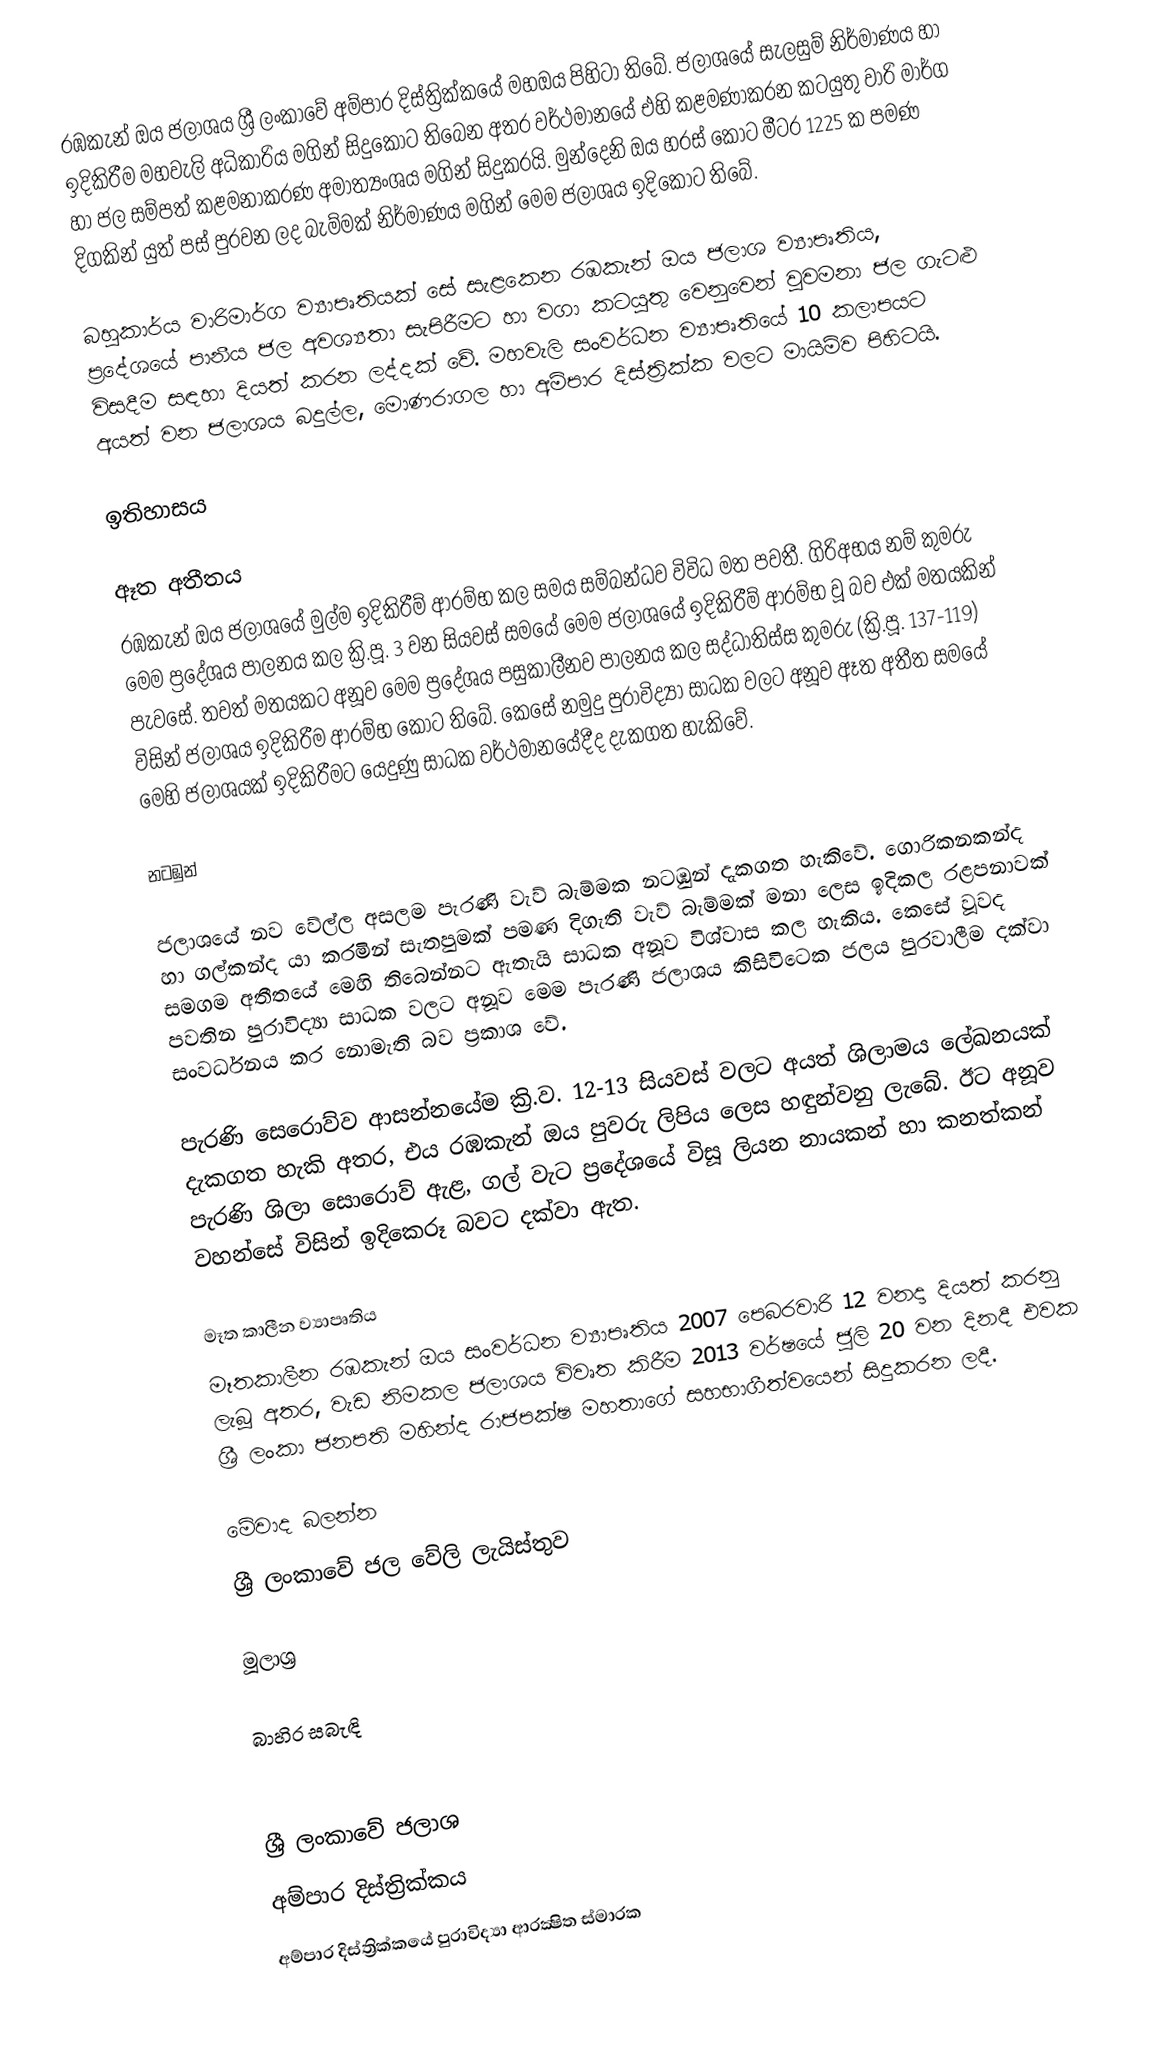
රඹකැන් ඔය ජලාශය ශ්‍රී ලංකාවේ අම්පාර දිස්ත්‍රික්කයේ මහඔය පිහිටා තිබේ. ජලාශයේ සැලසුම් නිර්මාණය හා ඉදිකිරීම මහවැලි අධිකාරිය මගින් සිදුකොට තිබෙන අතර වර්ථමානයේ එහි කළමණාකරන කටයුතු වාරි මාර්ග හා ජල සම්පත් කළමනාකරණ අමාත්‍යංශය මගින් සිදුකරයි. මුන්දෙනි ඔය හරස් කොට මීටර 1225 ක පමණ දිගකින් යුත් පස් පුරවන ලද බැම්මක් නිර්මාණය මගින් මෙම ජලාශය ඉදිකොට තිබේ.

බහුකාර්ය වාරිමාර්ග ව්‍යාපෘතියක් සේ සැළකෙන රඹකැන් ඔය ජලාශ ව්‍යාපෘතිය, ප්‍රදේශයේ පානීය ජල අවශ්‍යතා සැපිරීමට හා වගා කටයුතු වෙනුවෙන් වුවමනා ජල ගැටළු විසදීම සඳහා දියත් කරන ලද්දක් වේ. මහවැලි සංවර්ධන ව්‍යාපෘතියේ 10 කලාපයට අයත් වන ජලාශය බදුල්ල, මොණරාගල හා අම්පාර දිස්ත්‍රික්ක වලට මායිම්ව පිහිටයි.

ඉතිහාසය

ඈත අතීතය
රඹකැන් ඔය ජලාශයේ මුල්ම ඉදිකිරීම් ආරම්භ කල සමය සම්බන්ධව විවිධ මත පවතී. ගිරිඅභය නම් කුමරු මෙම ප්‍රදේශය පාලනය කල ක්‍රි.පූ. 3 වන සියවස් සමයේ මෙම ජලාශයේ ඉදිකිරීම් ආරම්භ වූ බව එක් මතයකින් පැවසේ. තවත් මතයකට අනූව මෙම ප්‍රදේශය පසුකාලීනව පාලනය කල සද්ධාතිස්ස කුමරු (ක්‍රි.පූ. 137-119) විසින් ජලාශය ඉදිකිරීම ආරම්භ කොට තිබේ. කෙසේ නමුදු පුරාවිද්‍යා සාධක වලට අනූව ඈත අතීත සමයේ මෙහි ජලාශයක් ඉදිකිරීමට යෙදුණු සාධක වර්ථමානයේදීද දැකගත හැකිවේ.

නටඹුන්

ජලාශයේ නව වේල්ල අසලම පැරණි වැව් බැම්මක නටඹුන් දැකගත හැකිවේ. ගොරිකනකන්ද හා ගල්කන්ද යා කරමින් සැතපුමක් පමණ දිගැති වැව් බැම්මක් මනා ලෙස ඉදිකල රළපනාවක් සමගම අතීතයේ මෙහි තිබෙන්නට ඇතැයි සාධක අනූව විශ්වාස කල හැකිය. කෙසේ වූවද පවතින පුරාවිද්‍යා සාධක වලට අනූව මෙම පැරණි ජලාශය කිසිවිටෙක ජලය පුරවාලීම දක්වා සංවර්ධනය කර නොමැති බව ප්‍රකාශ වේ.

පැරණි සෙරොව්ව ආසන්නයේම ක්‍රි.ව. 12-13 සියවස් වලට අයත් ශිලාමය ලේඛනයක් දැකගත හැකි අතර, එය රඹකැන් ඔය පුවරු ලිපිය ලෙස හඳුන්වනු ලැබේ. ඊට අනූව පැරණි ශිලා සොරොව් ඇළ, ගල් වැට ප්‍රදේශයේ විසූ ලියන නායකන් හා කනත්කන් වහන්සේ විසින් ඉදිකෙරූ බවට දක්වා ඇත.

මෑත කාලීන ව්‍යාපෘතිය
මෑතකාලීන රඹකැන් ඔය සංවර්ධන ව්‍යාපෘතිය 2007 පෙබරවාරි 12 වනදා දියත් කරනු ලැබූ අතර, වැඩ නිමකල ජලාශය විවෘත කිරීම 2013 වර්ෂයේ ජූලි 20 වන දිනදී එවක ශ්‍රී ලංකා ජනපති මහින්ද රාජපක්ෂ මහතාගේ සහභාගීත්වයෙන් සිදුකරන ලදී.

මේවාද බලන්න
 ශ්‍රී ලංකාවේ ජල වේලි ලැයිස්තුව

මූලාශ්‍ර

බාහිර සබැඳි

ශ්‍රී ලංකාවේ ජලාශ
අම්පාර දිස්ත්‍රික්කය
අම්පාර දිස්ත්‍රික්කයේ පුරාවිද්‍යා ආරක්‍ෂිත ස්මාරක